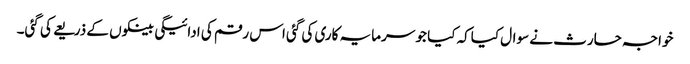
خواجہ حارث نے سوال کیاکہ کیا جو سرمایہ کاری کی گئی اس رقم کی ادائیگی بینکوں کے ذریعے کی گئی۔